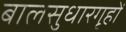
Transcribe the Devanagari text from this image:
बालसुधारगृहों